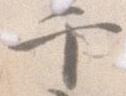
千